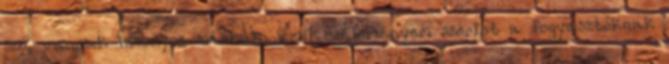
szó, vannak bizonyos márkák, amik véleményem szerint a fogyasztóknak